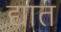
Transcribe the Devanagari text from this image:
द्यात